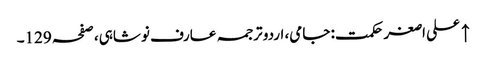
↑ علی اصغر حکمت: جامی، اردو ترجمہ عارف نوشاہی، صفحہ 129۔